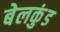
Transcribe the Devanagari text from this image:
बेलकुंड